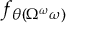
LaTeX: f _ { \theta ( \Omega ^ { \omega } \omega ) }